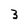
Character: 3